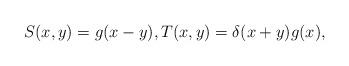
LaTeX: \begin{align*}S(x,y)=g(x-y),T(x,y)=\delta(x+y)g( x),\end{align*}